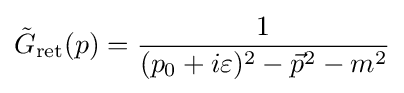
{\tilde {G}}_{\text{ret}}(p)={\frac {1}{(p_{0}+i\varepsilon )^{2}-{\vec {p}}^{2}-m^{2}}}